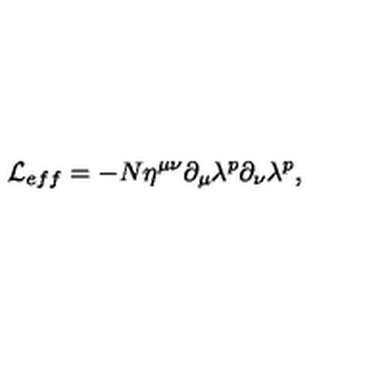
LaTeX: { \cal L } _ { e f f } = - N \eta ^ { \mu \nu } \partial _ { \mu } \lambda ^ { p } \partial _ { \nu } \lambda ^ { p } ,